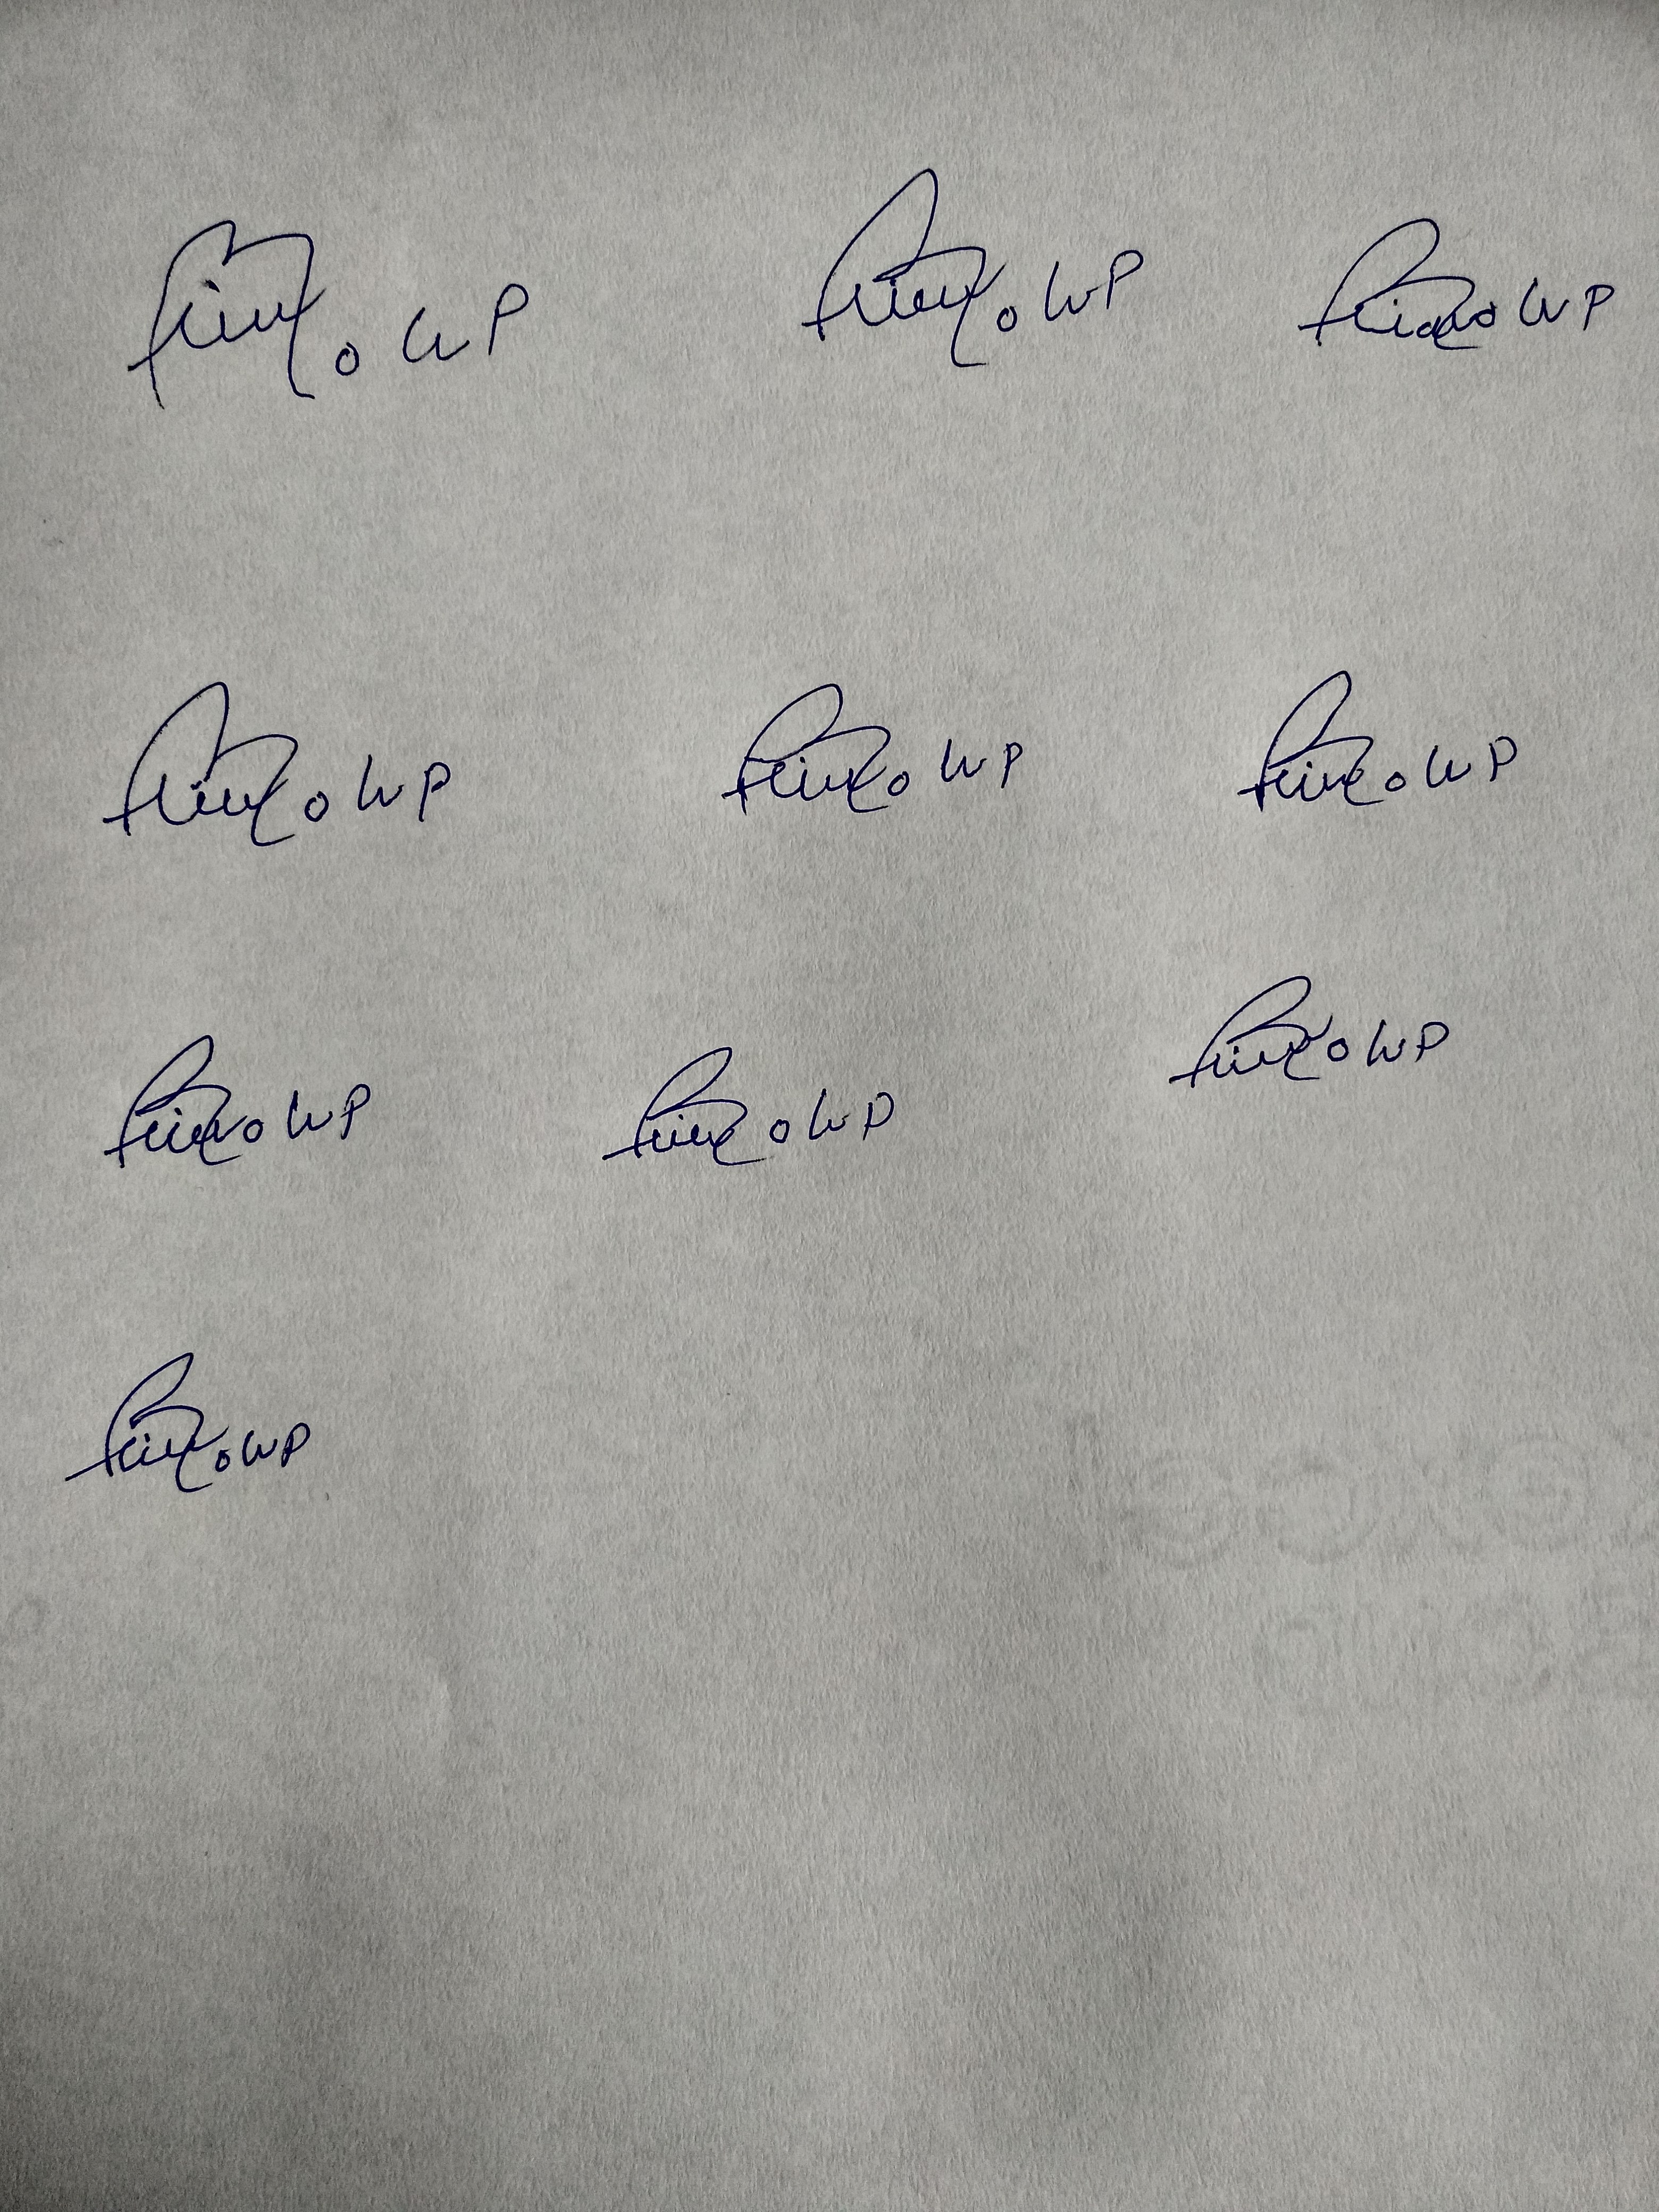
Signature authenticity: forged